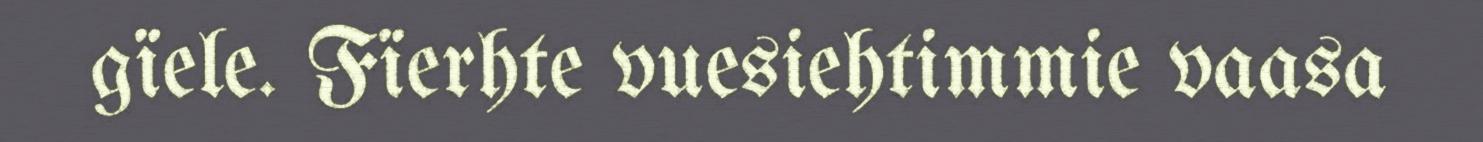
gïele. Fïerhte vuesiehtimmie vaasa